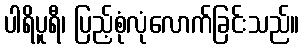
ပါရိပူရီ၊ ပြည့်စုံလုံလောက်ခြင်းသည်။